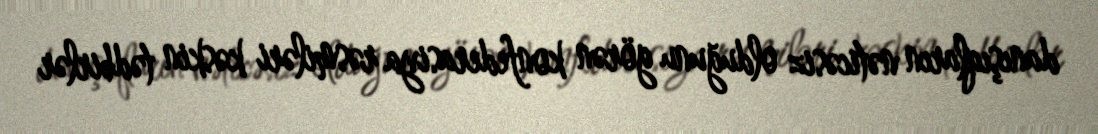
danışıqların nəticəsiz olduğunu görən konfederasiya rəsmiləri kəskin tədbirlər